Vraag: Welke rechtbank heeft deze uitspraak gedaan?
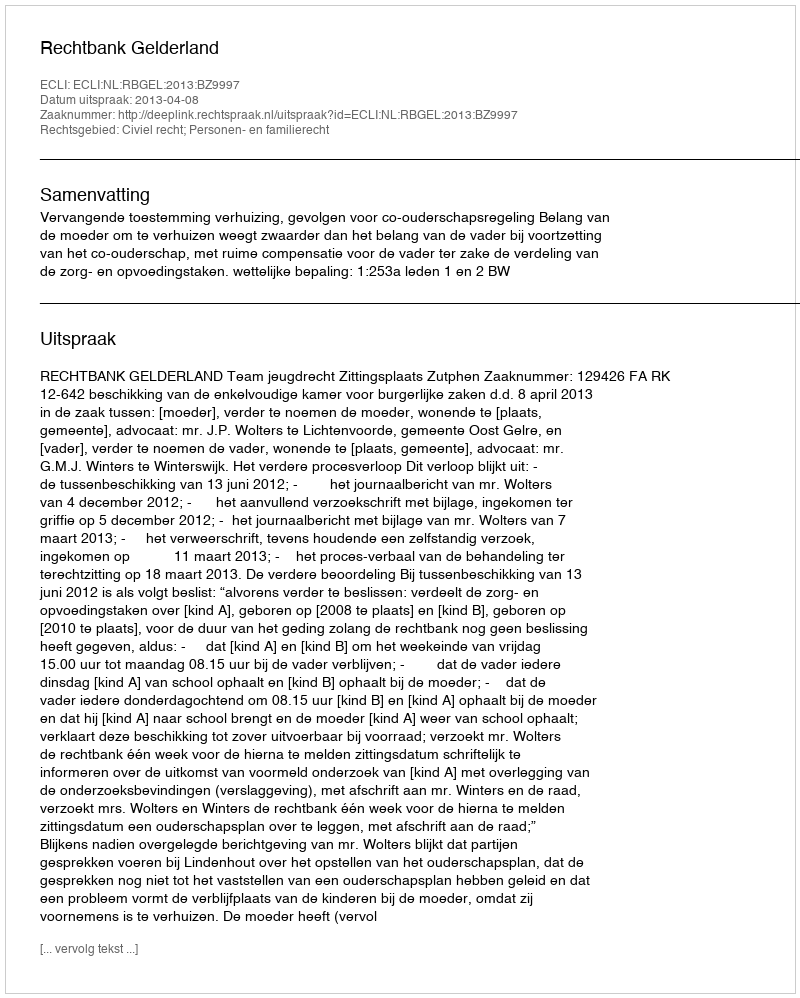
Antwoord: Rechtbank Gelderland